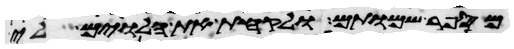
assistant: מספר שמותם ולקחת את הלוים לי